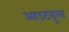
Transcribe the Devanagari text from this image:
आउटग्रुप्स